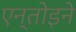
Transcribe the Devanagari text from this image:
एन्तोइने